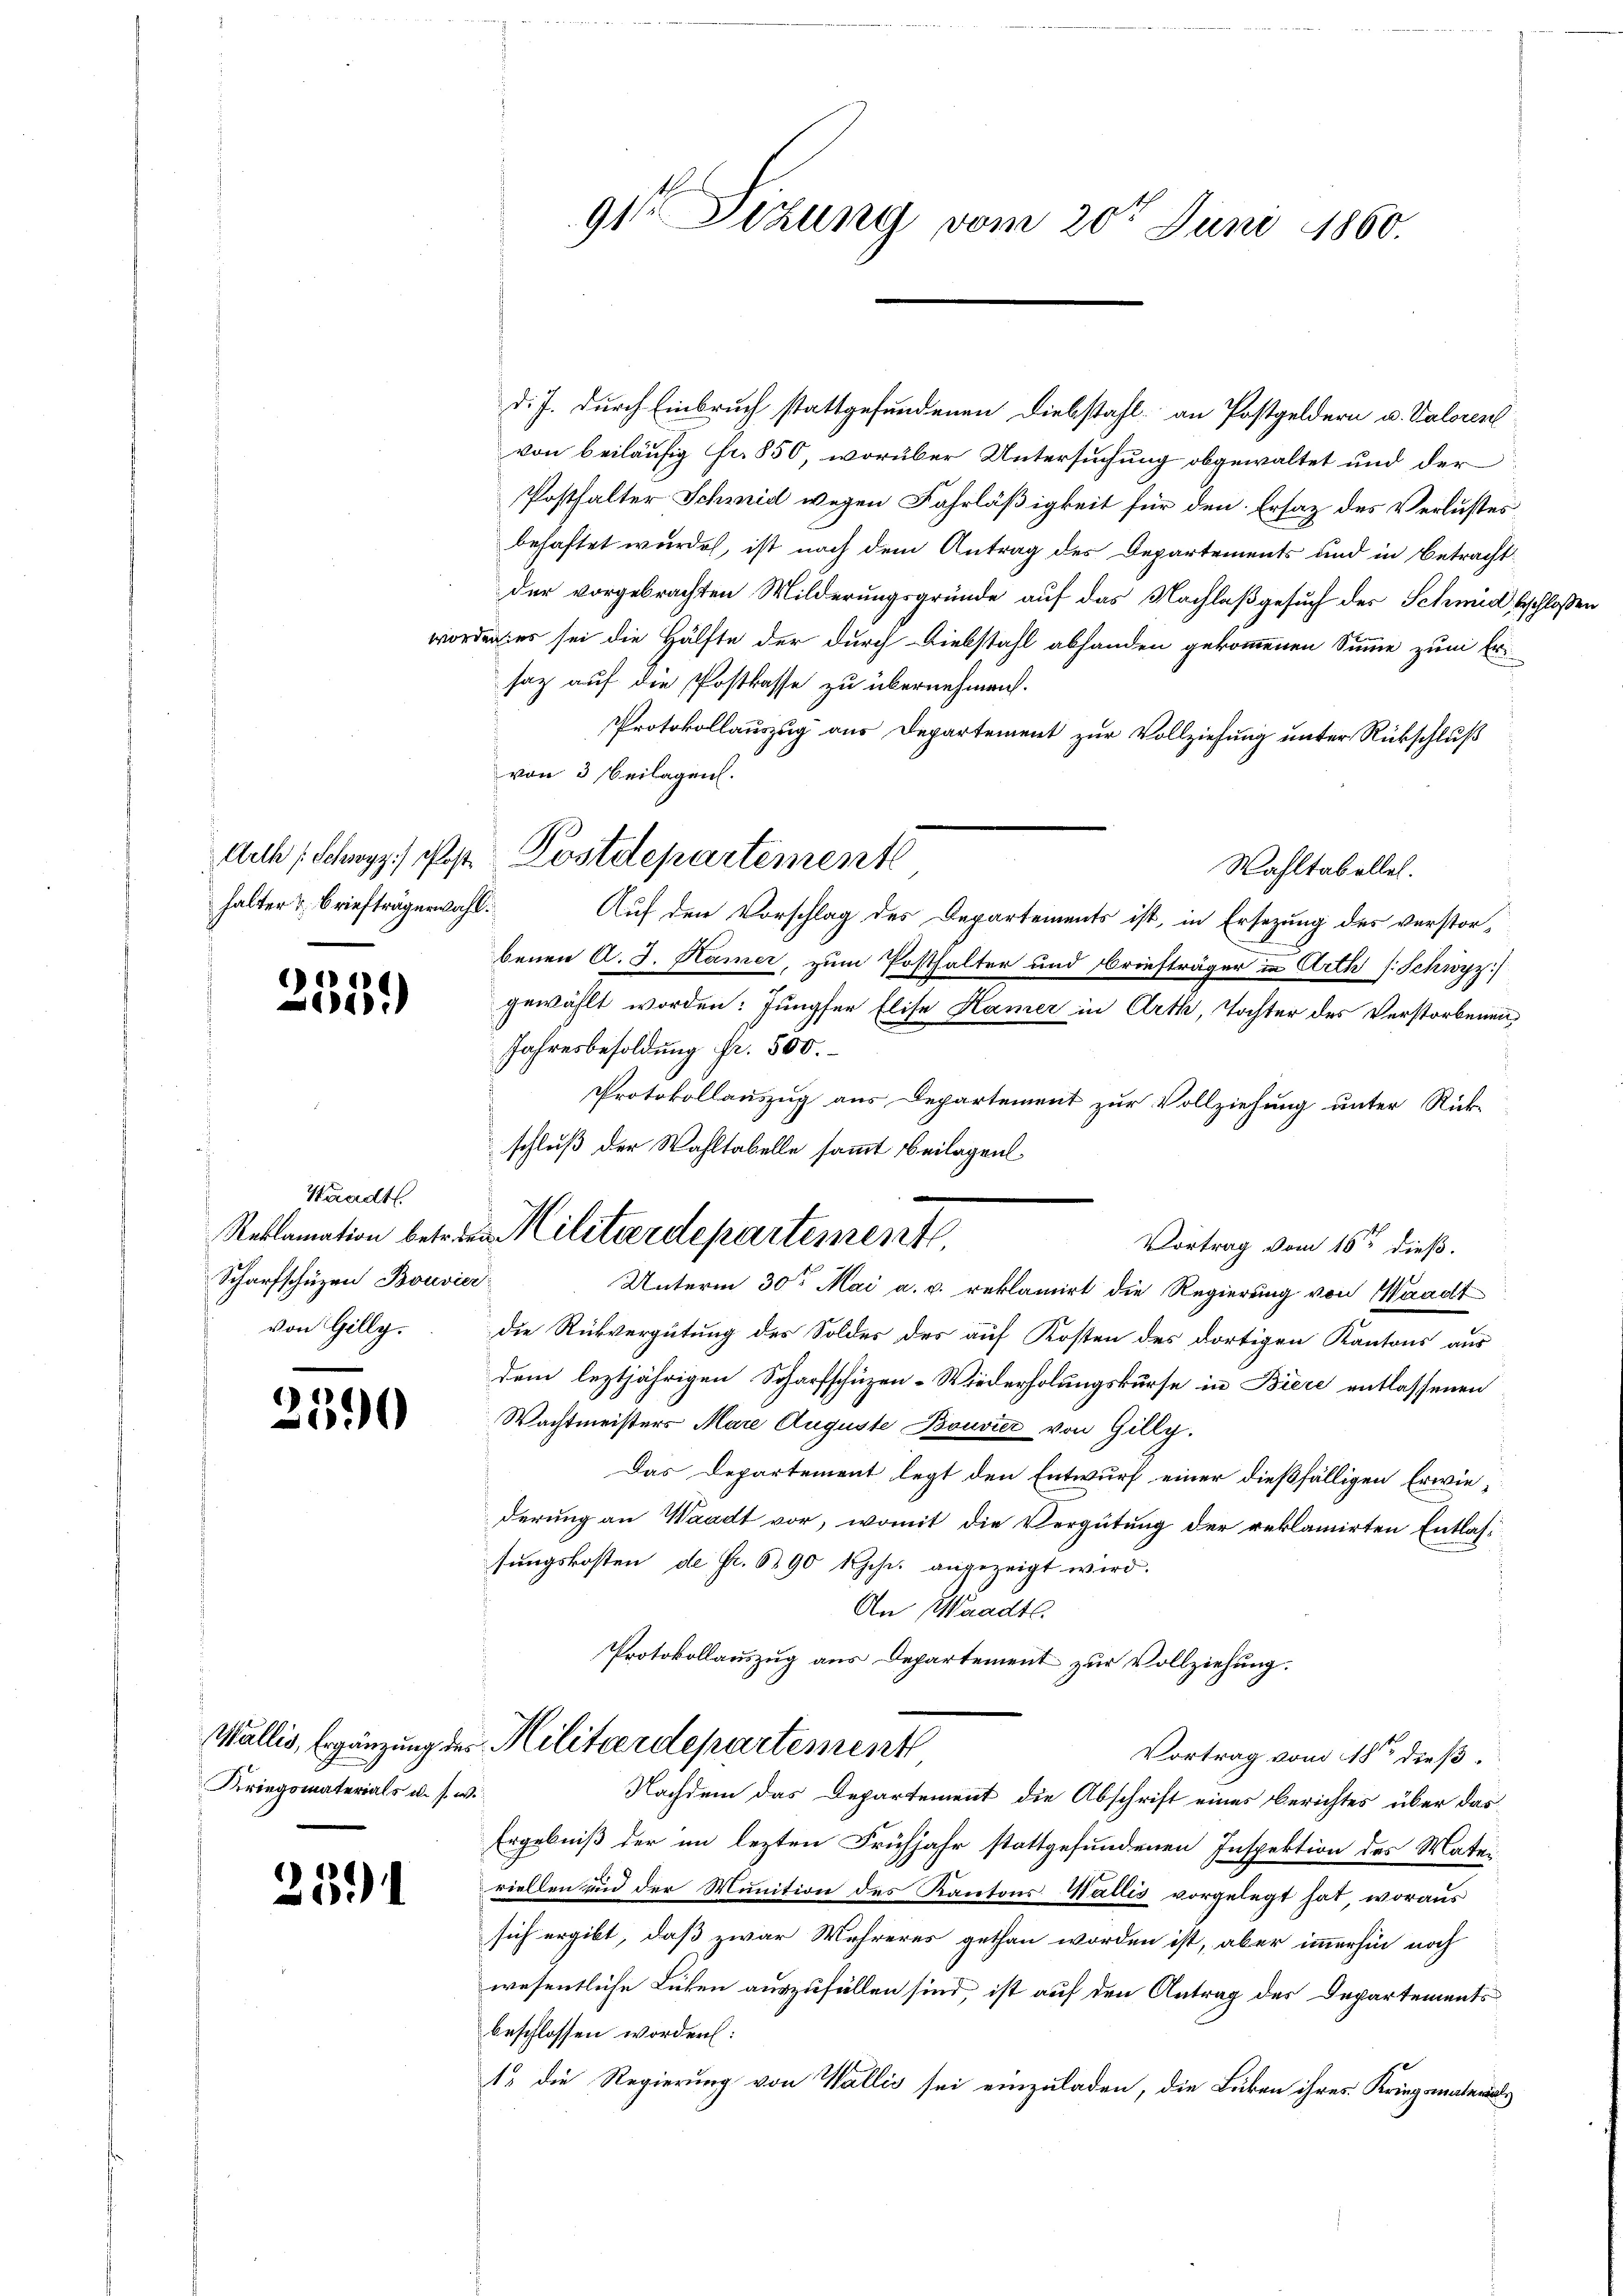
halter & Briefträgerwahl.

2359)

Waadt.
Scharfschüzen Bouvier
von Gilly.

2590

Kriegsmaterials u. s. w.

2391

d. J. durch Einbruch stattgefundenen Diebstahl an Postgeldern u. Valoren
von beiläufig fr. 850, worüber Untersuchung obgewaltet und der
Posthalter Schmid wegen Fahrläßigkeit für den Ersatz des Verlustes
behaftet wurde, ist nach dem Antrag des Departements und in Betracht
der vorgebrachten Milderungsgründe auf das Nachlaßgesuch des Schmid beschloßen
worden es sei die Hälfte der durch Diebstahl abhanden gekommenen Summe zum Ersaz auf die Postkasse zu übernehmen.
Protokollauszug aus Departement zur Vollziehung unter Rückschluß
von 3 beilagen.
Wahltabellel.
Auf den Vorschlag des Departements ist, in Ersezung des verstorbenen d. J. Kamer, zum Posthalter und Briefträger in Arth s. Schwyz
gewählt worden: Jungfer Elise Kamer in Arth, Tochter des Verstorbenen
Jahresbesoldung Fr. 500.
Protokollauszug aus Departement zur Vollziehung unter Rück-
Vortrag vom 16ten dieß.
Unterm 30ten Mai a.c. reklamirt die Regierung von Waadt
die Rückvergütung des Soldes des auf Kosten des dortigen Kantons aus
dem leztjährigen Scharfschüzen-Wiederholungskurse in Biere entlassenen
Wachtmeisters Mare Auguste Bouvier von Gilly.
Das Departement legt den Entwurf einer dießfälligen Erwiederung an Waadt vor, womit die Vergütung der reklamirten Entlassungskosten, de Fr. 690 ihr angezeigt wird.
An Waadt.
Protokollauszug aus Departement zur Vollziehung.
Wallis, Ergänzung des Militärdepartement
Vortrag vom 18ten dieß.
Nachdem das Departement die Abschrift eines Berichtes über das
Ergebniß der im lezten Frühjahr stattgefundenen Inspektion des Mater
riellen und der Munition des Kantons Wallis vorgelegt hat, woraus
sich ergibt, daß zwar Wehreres gethan worden ist, aber immerhin noch
wesentliche Lücken auszufüllen sind, ist auf den Antrag des Departements
beschlossen worden:
1. die Regierung von Wallis sei einzuladen, die Leiben ihres Kriegsmaterials

91 Sizung vom 20t Juni 1860.

Acth; Schwyz. Post Postdepartement

schluß der Wahltabelle sammt Beilagen
Reklamation betreue Militärdepartemente